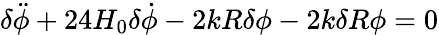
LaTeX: {\delta}\ddot{\phi}+24H_{0}{\delta}\dot{\phi}-2kR{\delta}{\phi}-2k{\delta}R{\phi}=0